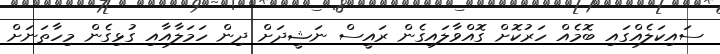
ސައިކަލެއްގައި ބޮމެއް ހަރުކޮށް ގޮއްވާލައިގެން ރައީސް ނަޝީދަށް ދިން ހަމަލާއާއި ގުޅިގެން މިހާތަނަށް